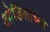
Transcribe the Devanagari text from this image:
ओडिसाच्या